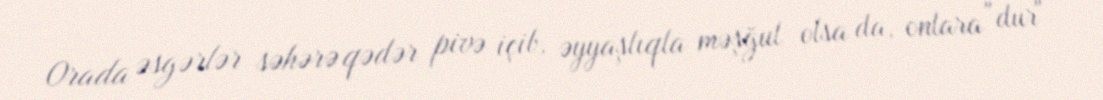
Orada əsgərlər səhərə qədər pivə içib, əyyaşlıqla məşğul olsa da, onlara "dur"